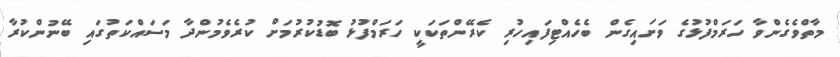
މާތްވެގެންވާ ހަރަމްފުޅުގެ ވަށައިގެން ބެހެއްޓިފައިހުރި ކެރޭންތަކަކީ ހަރަމްފުޅު ބޮޑުކުރުމަށް ކުރެވެމުންދާ މަސައްކަތުގައި ބޭނުންކުރާ